画像に写った文字を読んでください
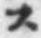
「ス」と書いてあります